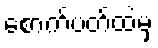
စောက်ပတ်ထဲမှ